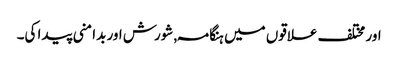
اور مختلف علاقوں میں ہنگامہ , شورش اور بدامنی پیدا کی۔